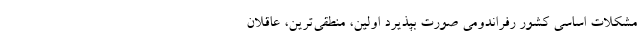
مشکلات اساسی کشور رفراندومی صورت بپذیرد اولین، منطقی‌ترین، عاقلان